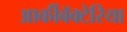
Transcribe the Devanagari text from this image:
आर्कीबॅक्टेरिया